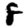
Digit: 8